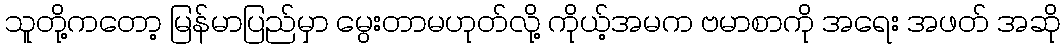
သူတို့ကတော့ မြန်မာပြည်မှာ မွေးတာမဟုတ်လို့ ကိုယ့်အမက ဗမာစာကို အရေး အဖတ် အဆို